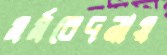
মর্মবেদনায়